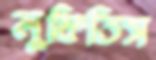
লুফিতিস